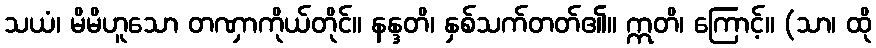
သယံ၊ မိမိဟူသော တဏှာကိုယ်တိုင်။ နန္ဒတိ၊ နှစ်သက်တတ်၏။ ဣတိ၊ ကြောင့်။ (သာ၊ ထို